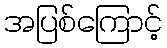
အပြစ်ကြောင့်